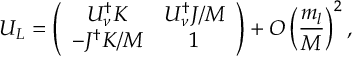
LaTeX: U _ { L } = \left( \begin{array} { c c } { { U _ { \nu } ^ { \dagger } K } } & { { U _ { \nu } ^ { \dagger } J / M } } \\ { { - J ^ { \dagger } K / M } } & { { 1 } } \end{array} \right) + O \left( \frac { m _ { l } } { M } \right) ^ { 2 } ,